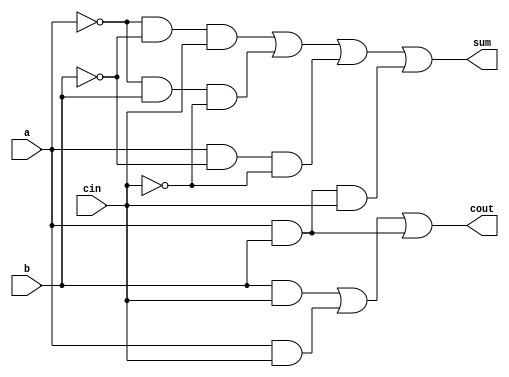
module Adder(a, b, cin, sum, cout);
	input a, b, cin; 
	output sum, cout;

	assign sum =  (~a & ~b & cin) | (~a & b & ~cin) | (a & ~b & ~cin) | (a & b & cin);
	assign cout = (b & cin) | (a & cin) | (a & b); 

endmodule